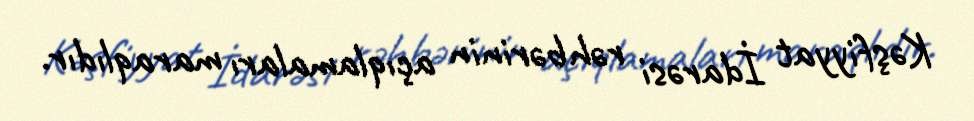
Kəşfiyyat İdarəsi rəhbərinin açıqlamaları maraqlıdır.